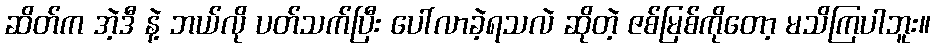
ဆိတ်က အဲ့ဒီ နဲ့ ဘယ်လို ပတ်သက်ပြီး ပေါ်လာခဲ့ရသလဲ ဆိုတဲ့ ဇစ်မြစ်ကိုတော့ မသိကြပါဘူး။